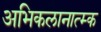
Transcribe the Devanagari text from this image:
अभिकलानात्म्क